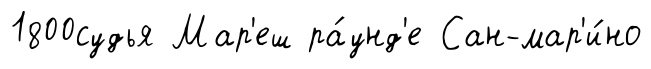
1800судья Мар'еш ра́унд'е Сан-мар'и́но